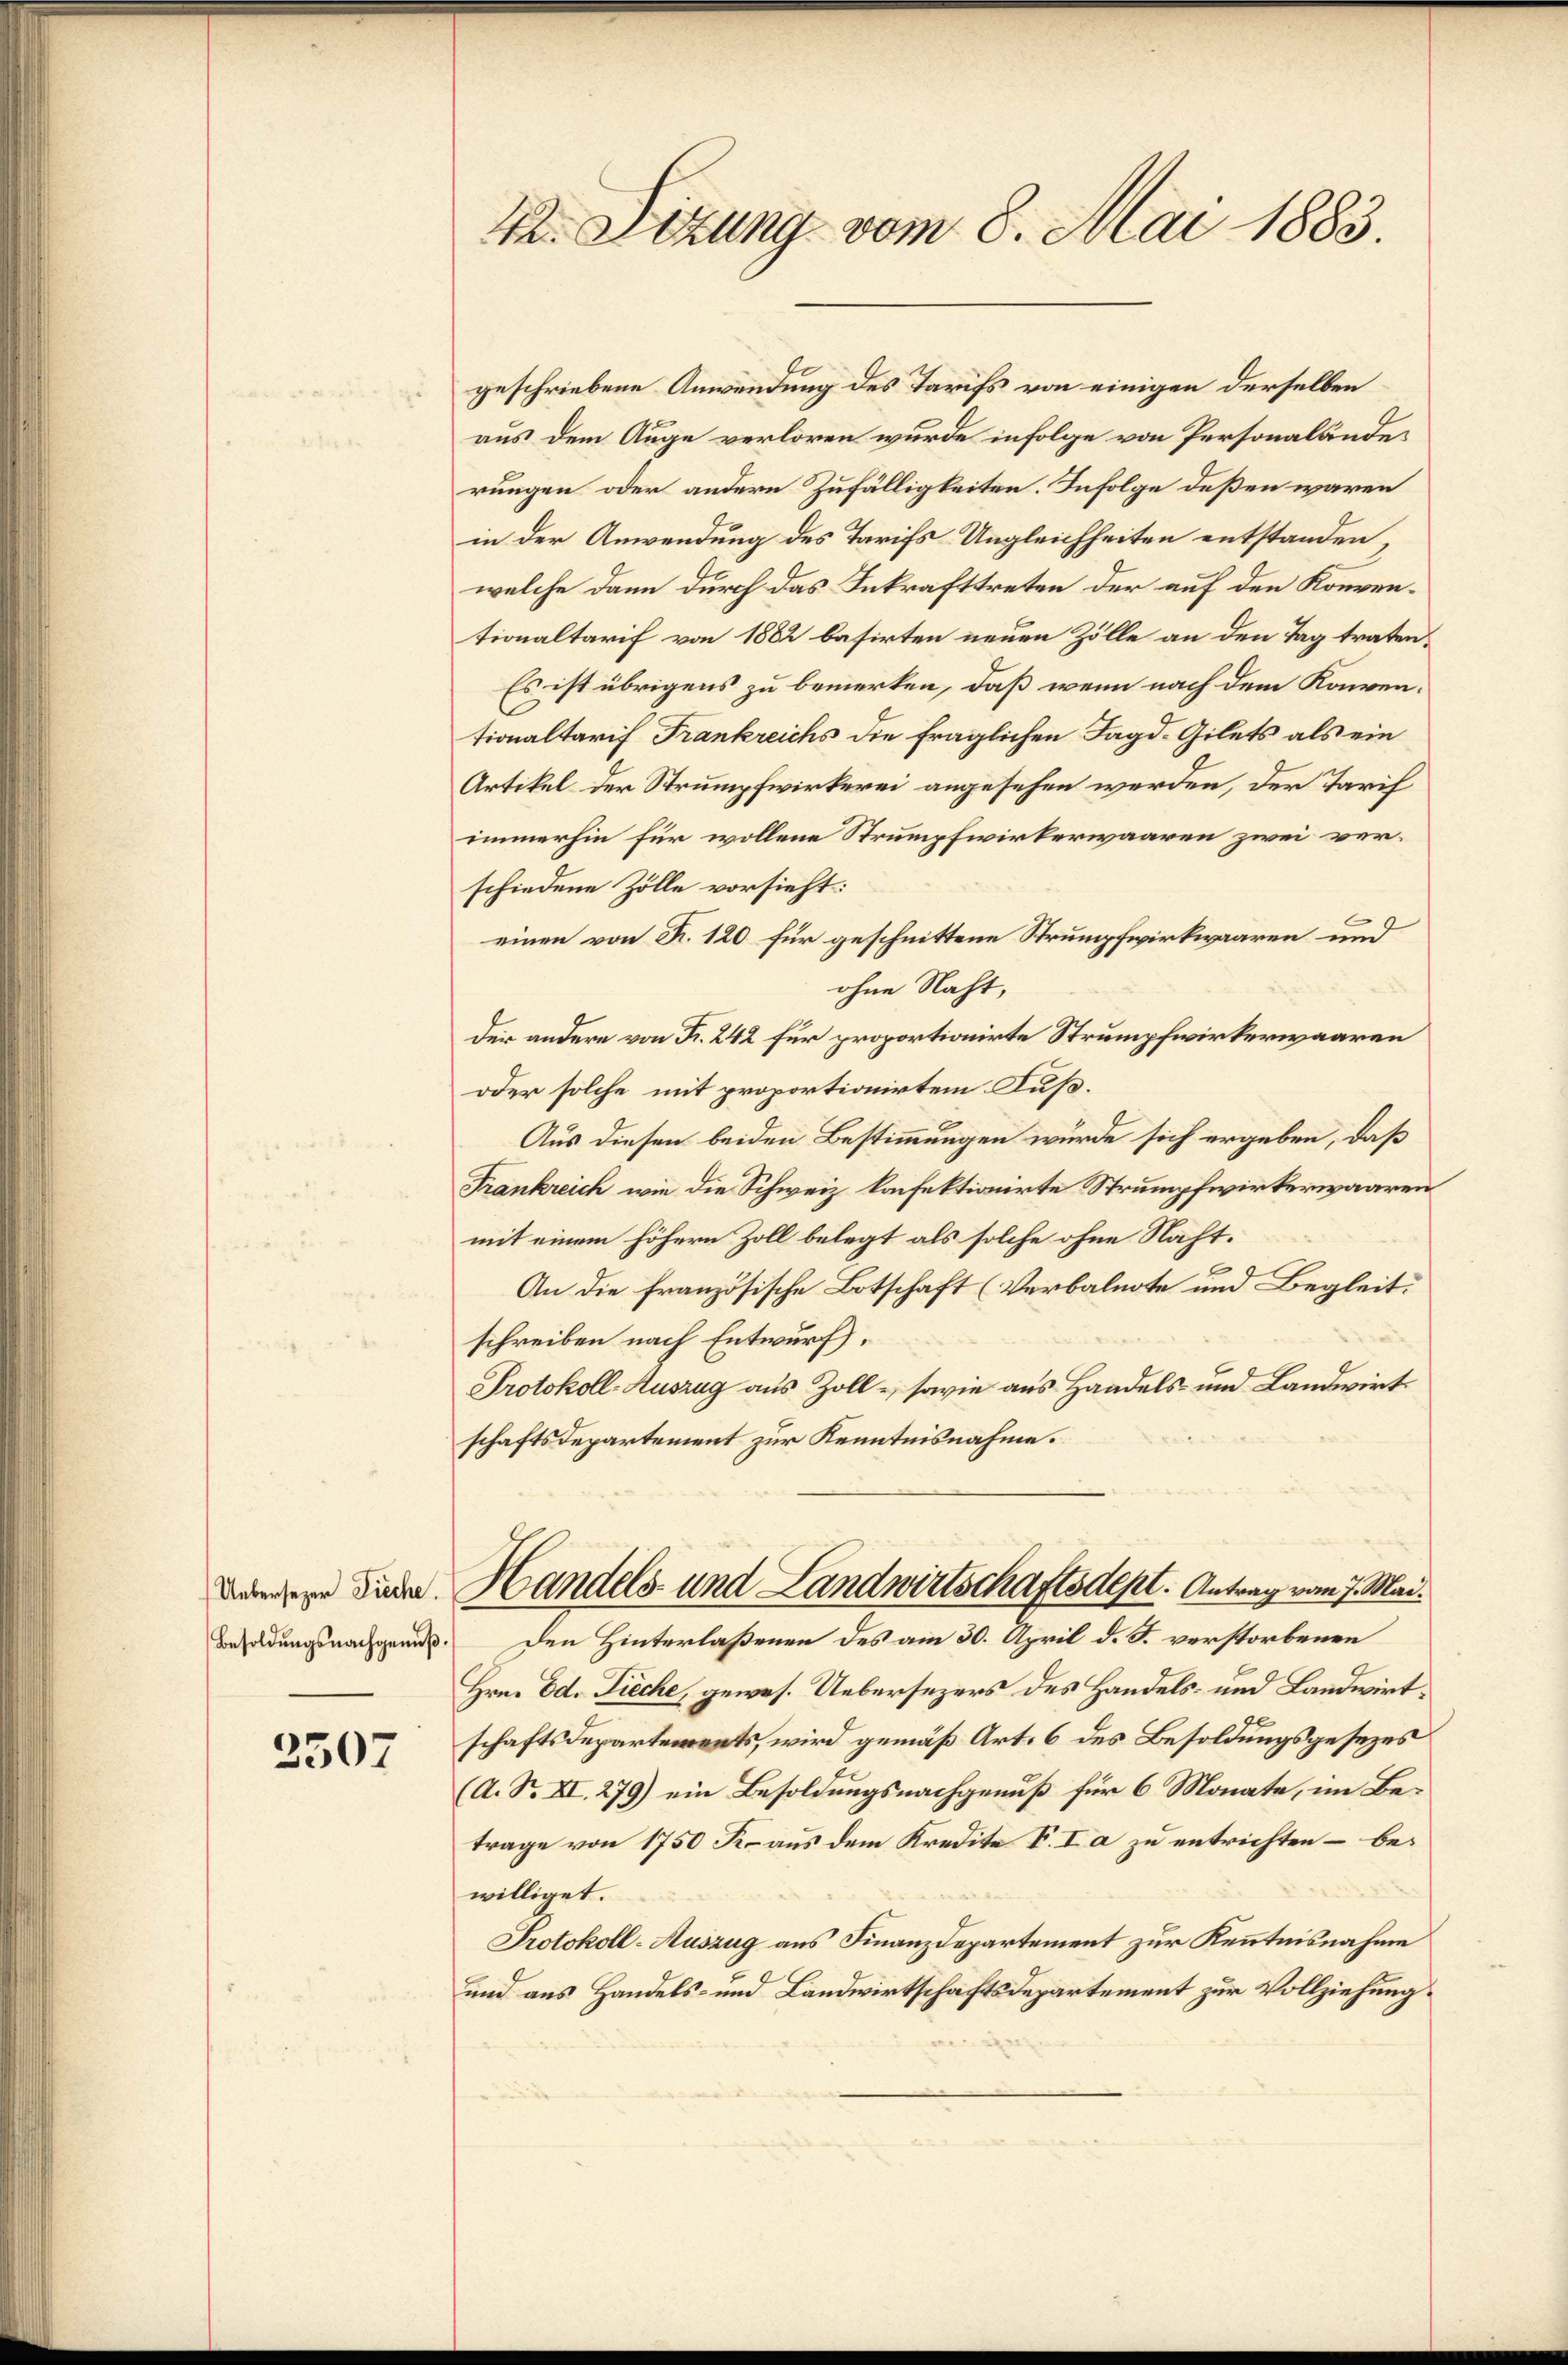
Besoldungsnachgenuß.

3507

aus dem Auge verloren wurde infolge von Personaländerungen oder andere Zufälligkeiten. Infolge deßen waren
in der Anwendung des Tarifs Ungleichheiten entstanden,
welche dann durch das Inkrafttreten der auf den Konventionaltarif von 1882 basirten neuen Zölle an den Tag traten¬
Es ist übrigens zu bemerken, daß wenn nach dem Konventionaltarif Frankreichs die fraglichen Jagd-Gilets als ein
Artikel der Strumpfwirkerei angesehen werden, der Tarif
immerhin für wollene Strumpfwirkerwaaren zwei verschiedene Zölle vorsieht:
einen von K. 120 für geschnittene Strumpfwirkwaaren und
ohne Nacht,
der andere von Fr. 242 für proportionirte Strumpfwirkerwaaren
oder solche mit proportionirtem Fuß¬
Aus diesen beiden Bestimmungen würde sich ergeben, daß
Frankreich wie die Schweiz konfektionirte Strumpfwirkerwaaren
mit einem höhern Zoll belegt als solche ohne Nacht¬
An die französische Botschaft (Verbalnote und Begleitschreiben nach Entwurf.
Protokoll-Auszug aus Zoll - sowie aus Handels- und Landwirt
schaftsdepartement zur Kenntnisnahme.
ondere die Handels- und Landwirtschaftsdept. Antrag vom 7. Mai.
Den Hinterlaßenen des am 30. April d. J. verstorbenen
Hrn. Ed. Fieche, gewes. Uebersezers des Handels- und Landwirtschaftsdepartements, wird gemäß Art. 6 des Besoldungsgesezes
(A. Nr. XI. 279) ein Besoldungsnachgenuß für 6 Monate, im Betrage von 1750 Fr. aus dem Kredite V. I a zu entrichten – bewilliget.
Protokoll-Auszug aus Finanzdepartement zur Kenntnisnahme
und aus Handels- und Landwirtschaftsdepartement zur Vollziehung

42. Sitzung vom 8. Mai 1883.

geschriebene Anwendung des Tarifs von einigen derselben